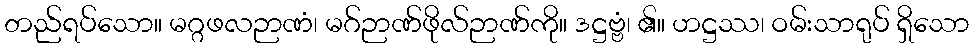
တည်ရပ်သော။ မဂ္ဂဖလဉာဏံ၊ မဂ်ဉာဏ်ဖိုလ်ဉာဏ်ကို။ ဒဋ္ဌဗ္ဗံ၊ ၏။ ဟဋ္ဌဿ၊ ဝမ်းသာရုပ် ရှိသော